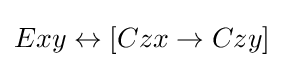
Exy\leftrightarrow [Czx\rightarrow Czy]